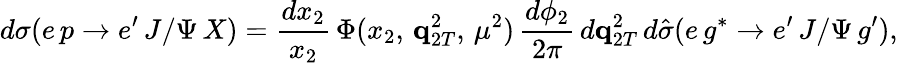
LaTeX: \displaystyle d\sigma(e\, p\to e^{\prime}\, J/\Psi\, X)={\frac{dx_{2}}{x_{2}}}\, \Phi(x_{2},\, {\mathbf q}_{2T}^{2},\, \mu^{2})\, {\frac{d\phi_{2}}{2\pi}}\, d{\mathbf q}_{2T}^{2}\, d\hat{\sigma}(e\, g^{*}\to e^{\prime}\, J/\Psi\, g^{\prime}),